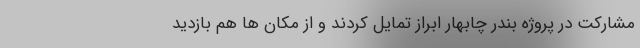
مشارکت در پروژه بندر چابهار ابراز تمایل کردند و از مکان ها هم بازدید